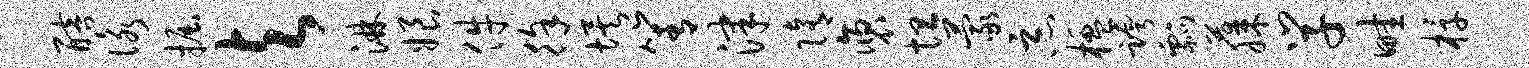
醅咏掘与淋娘件徐埃箐津隋褒坦蒙恶楹跨瓢藤学畦椁